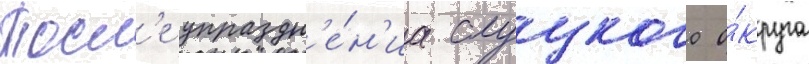
Посл'е упраздн'е́н'иа слуцкого о́круга